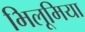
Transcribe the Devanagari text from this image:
भिलूमिया